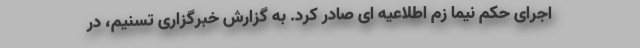
اجرای حکم نیما زم اطلاعیه ای صادر کرد. به گزارش خبرگزاری تسنیم، در